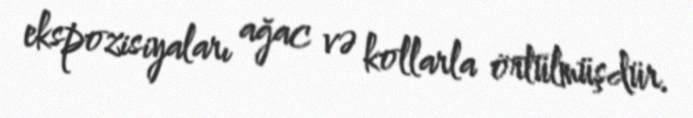
ekspozisiyaları ağac və kollarla örtülmüşdür.